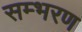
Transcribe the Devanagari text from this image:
सम्भरण